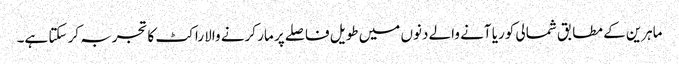
ماہرین کے مطابق شمالی کوریا آنے والے دنوں میں طویل فاصلے پر مار کرنے والا راکٹ کا تجربہ کر سکتا ہے۔